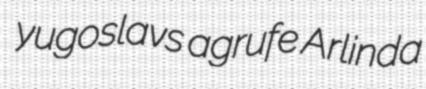
yugoslavs agrufe Arlinda